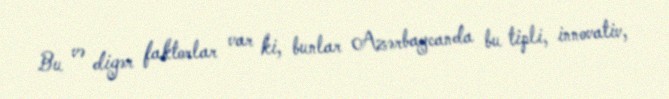
Bu və digər faktorlar var ki, bunlar Azərbaycanda bu tipli, innovativ,